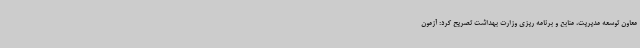
معاون توسعه مدیریت، منابع و برنامه ریزی وزارت بهداشت تصریح کرد: آزمون